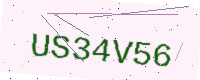
Text: US34V56